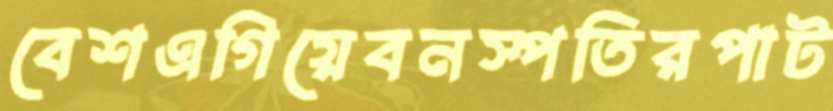
বেশএগিয়েবনস্পতিরপাট